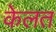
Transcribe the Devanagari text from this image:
केलत